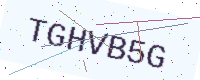
Text: TGHVB5G